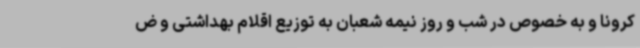
کرونا و به خصوص در شب و روز نیمه شعبان به توزیع اقلام بهداشتی و ض